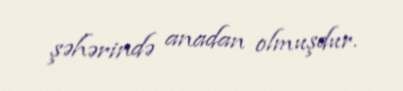
şəhərində anadan olmuşdur.